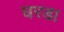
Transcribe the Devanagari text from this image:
घरडा